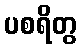
ပစရိတွ